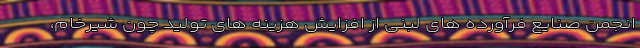
انجمن صنایع فرآورده های لبنی از افزایش هزینه های تولید چون شیرخام،